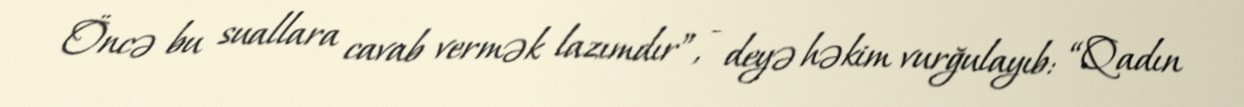
Öncə bu suallara cavab vermək lazımdır”, - deyə həkim vurğulayıb: “Qadın